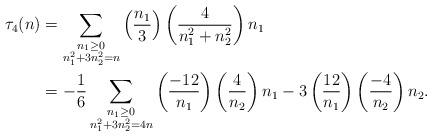
LaTeX: \begin{align*}\tau_{4}(n) &=\sum_{\substack{n_1 \geq 0 \\ n_{1}^2 + 3 n_{2}^2 =n}} \left(\frac{n_1}{3} \right) \left(\frac{4}{n_{1}^2 + n_{2}^2} \right) n_1 \\&= -\frac{1}{6} \sum_{\substack{ n_1 \geq 0 \\ n_{1}^2 +3 n_{2}^2 =4n}} \left( \frac{-12}{n_1} \right) \left( \frac{4}{n_2} \right)n_1 - 3 \left( \frac{12}{n_1} \right) \left( \frac{-4}{n_2} \right)n_2.\end{align*}